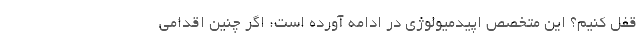
قفل کنیم؟ این متخصص اپیدمیولوژی در ادامه آورده است: اگر چنین اقدامی